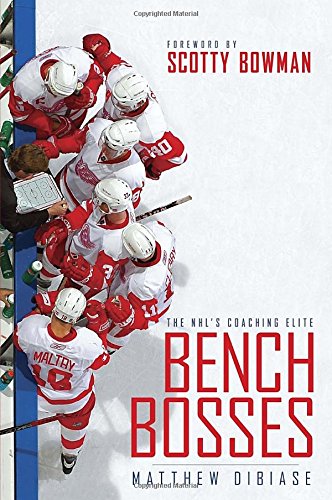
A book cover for Bench Bosses: The NHL's Coaching Elite; Matthew DiBiase; Biographies & Memoirs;